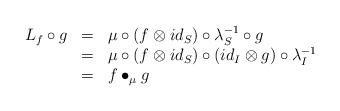
\begin{align*}\begin{array}{lll}L_f\circ g&=&\mu\circ (f\otimes id_S)\circ \lambda_S^{-1}\circ g\\&=&\mu\circ (f\otimes id_S)\circ (id_I\otimes g)\circ \lambda_I^{-1}\\&=&f\bullet_\mu g\end{array}\end{align*}